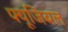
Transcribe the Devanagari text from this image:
फ्यूजिबल